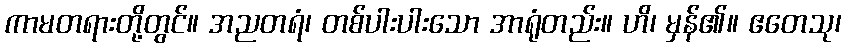
ကာမတရားတို့တွင်။ အညတရံ၊ တစ်ပါးပါးသော အာရုံတည်း။ ဟိ၊ မှန်၏။ ဧတေသု၊